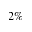
2 \%